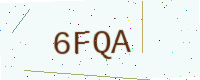
Text: 6FQA